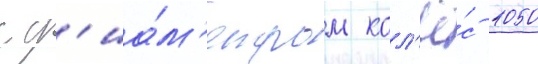
с д'иа́м'етром кол'ё́с 1050